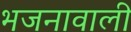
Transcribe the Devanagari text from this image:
भजनावाली